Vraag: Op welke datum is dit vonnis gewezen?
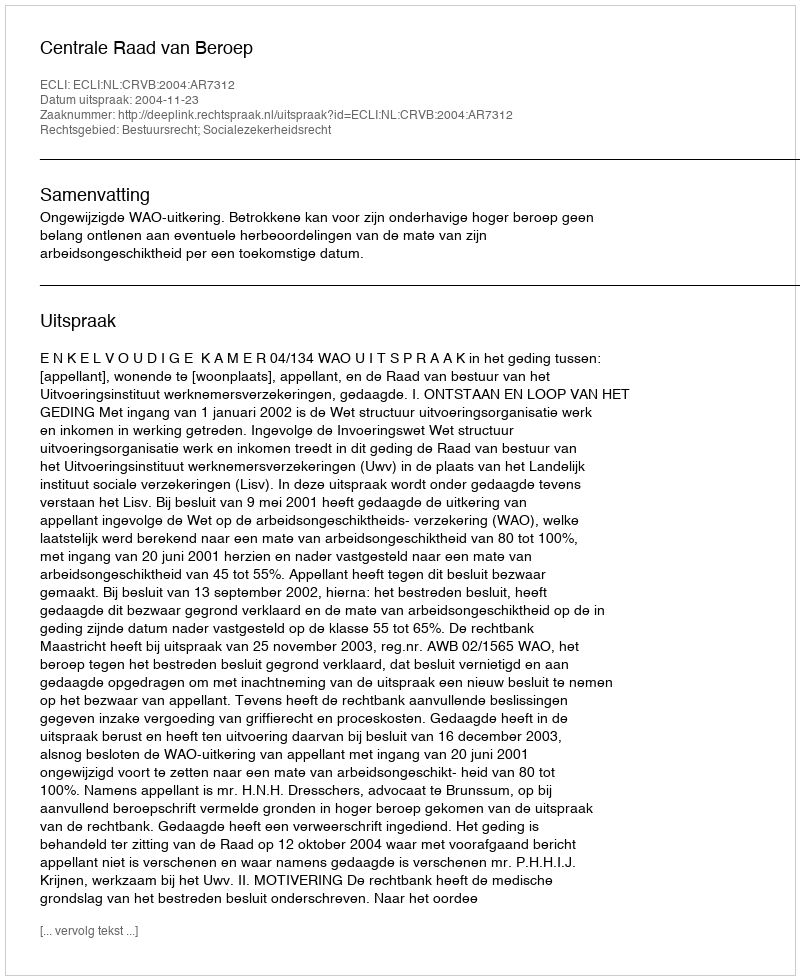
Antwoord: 2004-11-23